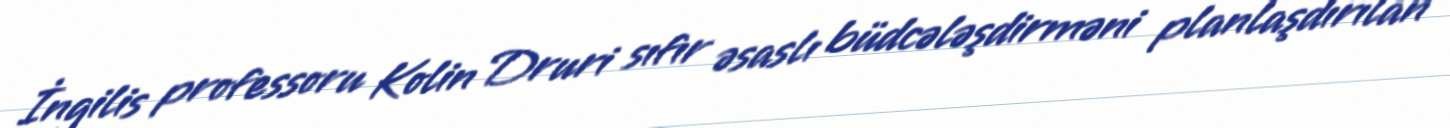
İngilis professoru Kolin Druri sıfır əsaslı büdcələşdirməni planlaşdırılan